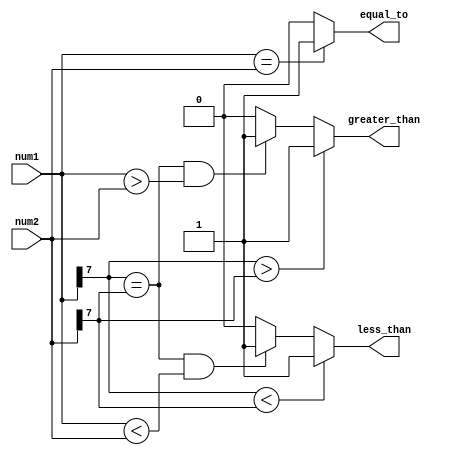
module signed_magnitude_comparator (
    input signed [7:0] num1,
    input signed [7:0] num2,
    output greater_than,
    output equal_to,
    output less_than
);

assign greater_than = (num1[7] > num2[7]) ? 1'b1 :
                      ((num1[7] == num2[7]) && (num1 > num2)) ? 1'b1 : 1'b0;

assign equal_to = (num1 == num2) ? 1'b1 : 1'b0;

assign less_than = (num1[7] < num2[7]) ? 1'b1 :
                   ((num1[7] == num2[7]) && (num1 < num2)) ? 1'b1 : 1'b0;

endmodule